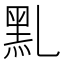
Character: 䵝